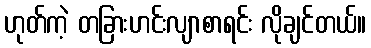
ဟုတ်ကဲ့ တခြားဟင်းလျာစာရင်း လိုချင်တယ်။